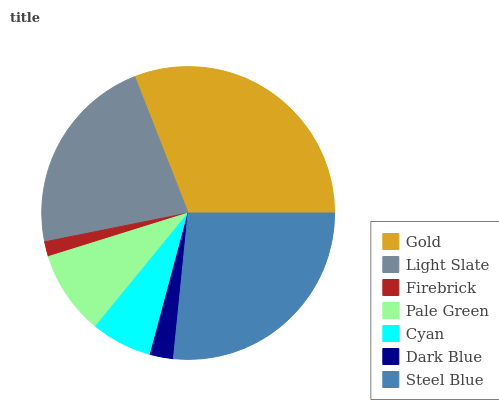
| Gold | Light Slate | Firebrick | Pale Green | Cyan | Dark Blue | Steel Blue |
 | --- | --- | --- | --- | --- | --- | --- |
 | 30.9% | 22.3% | 1.66% | 9.28% | 6.75% | 2.56% | 26.6% |